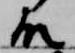
殿